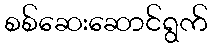
စစ်ဆေးဆောင်ရွက်